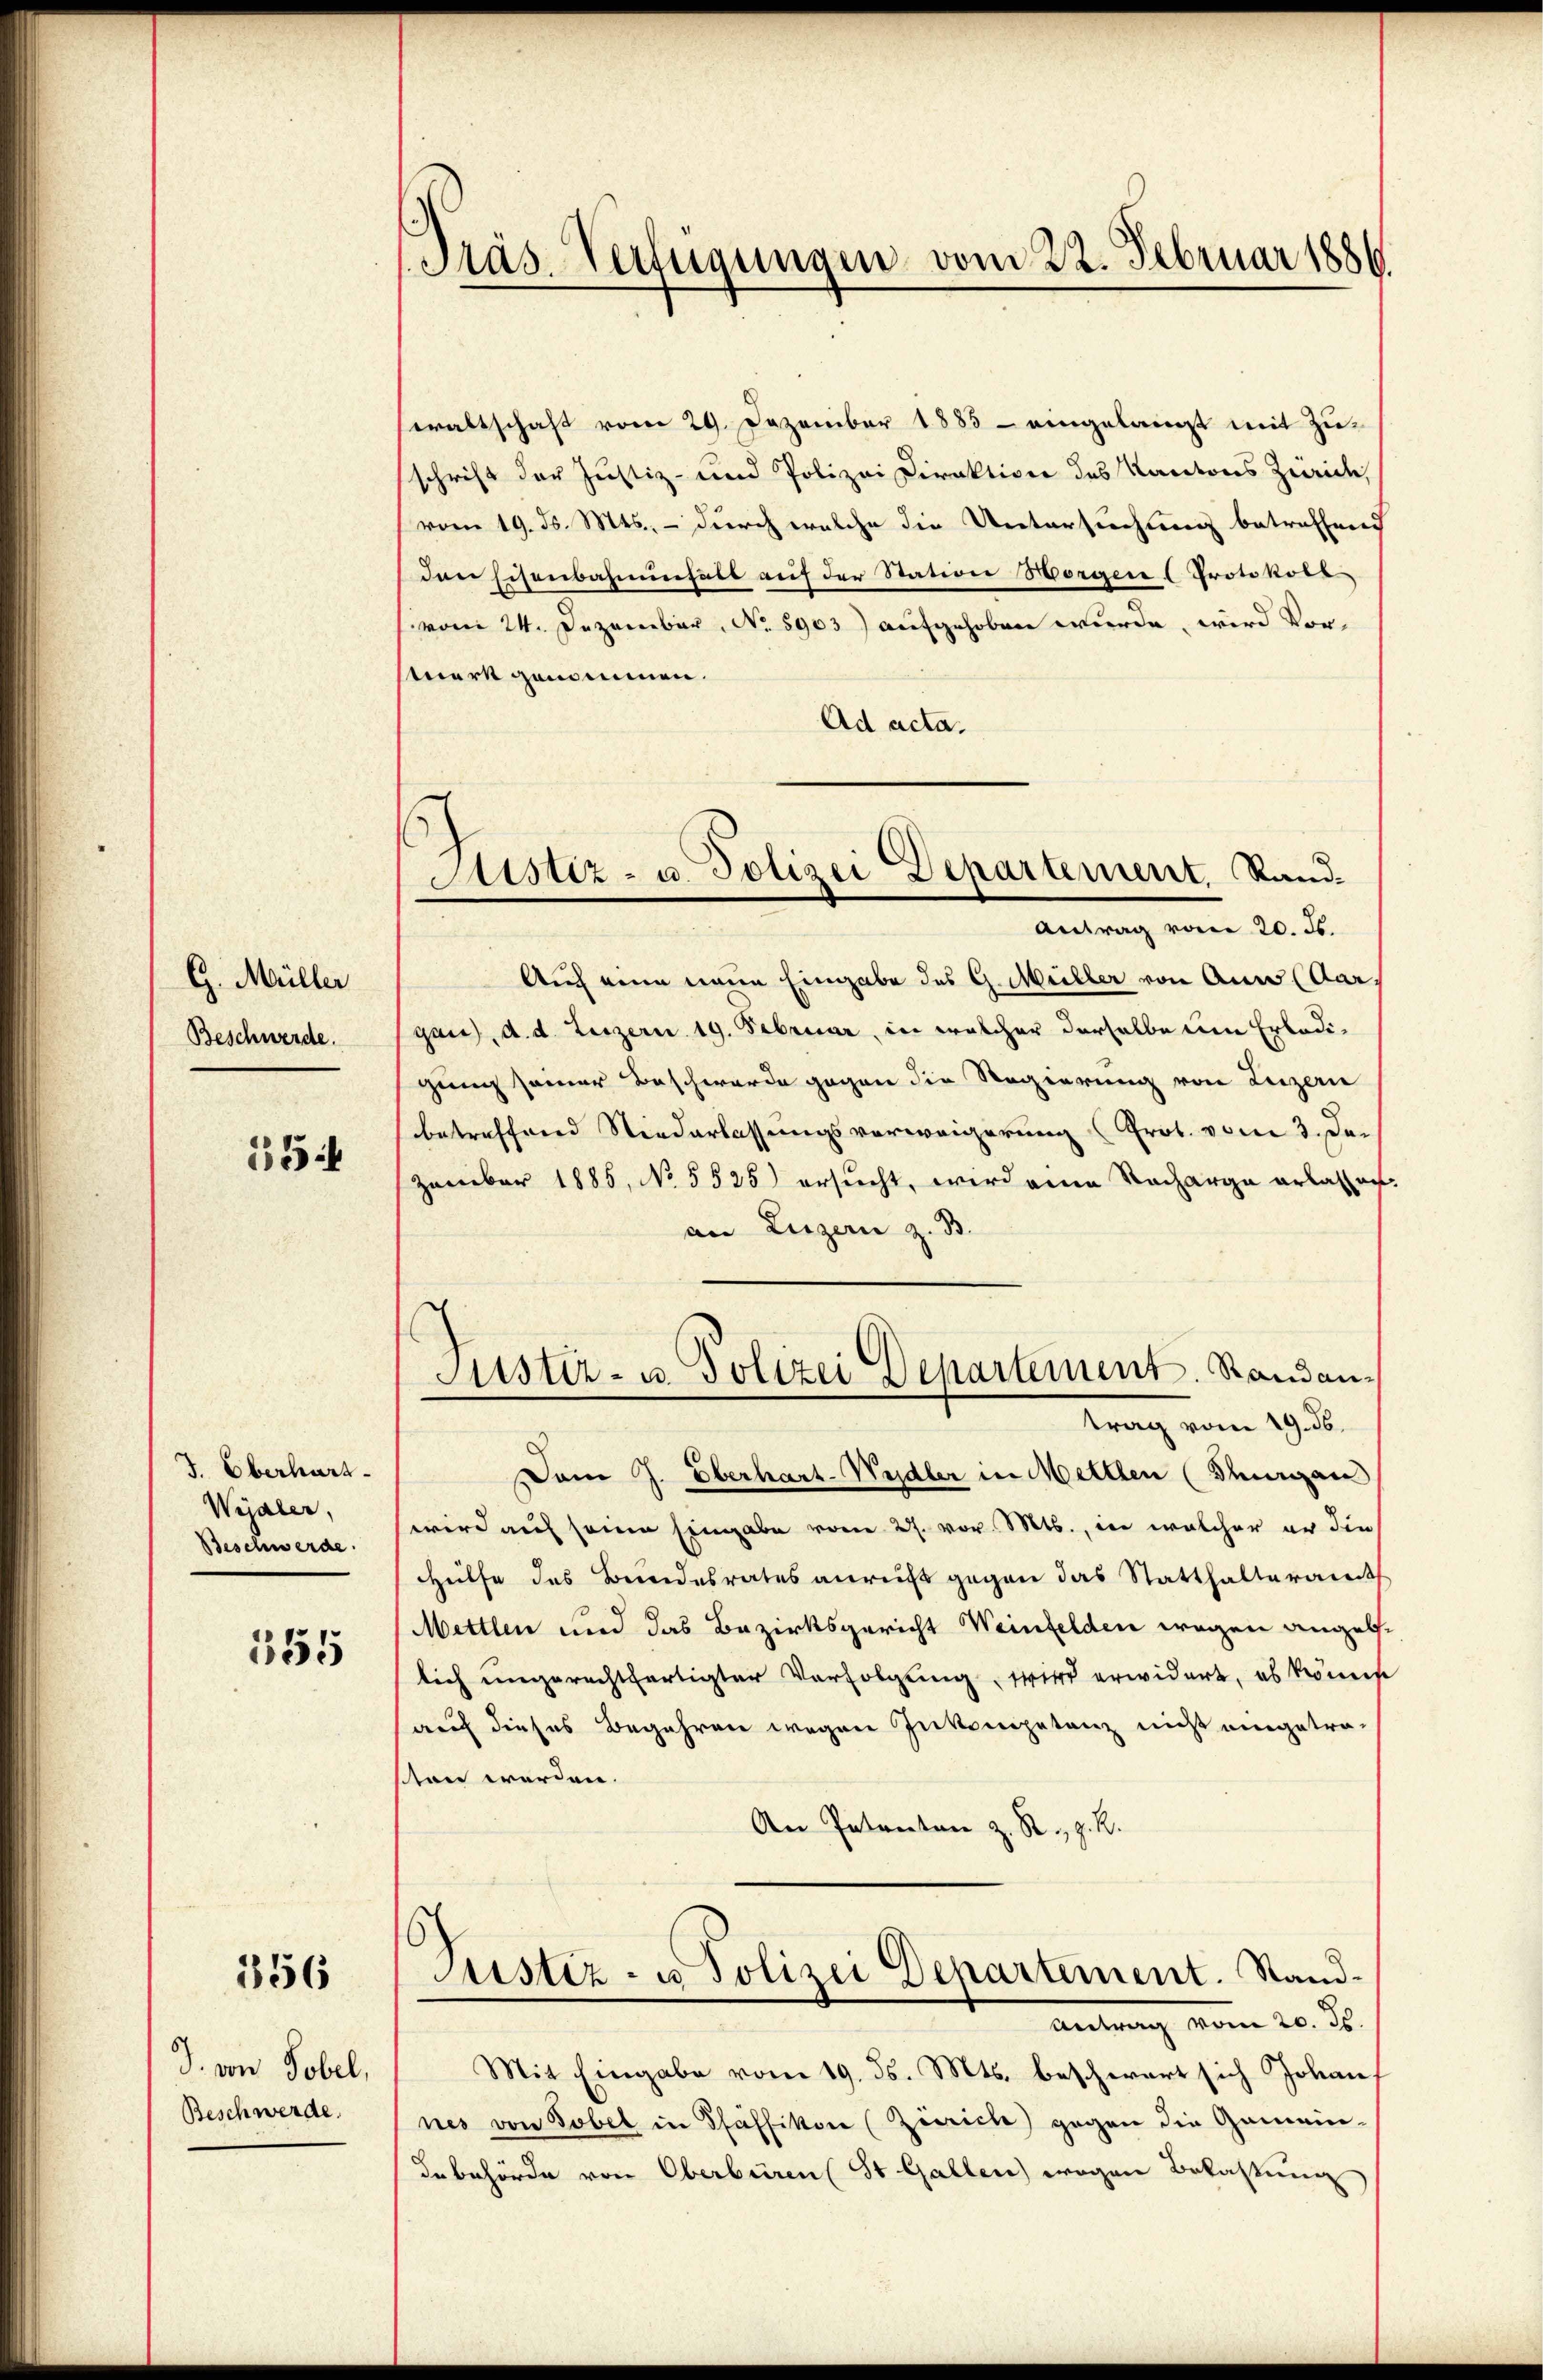
G. Müller
Beschwerde.

15

J. Oberhart
Wijaler,
Beschwerde.

355

356

D. von Tobel,
Beschwerde.

Präs. Verfügungen vom 22. Februar 1886.

Sistiz- u. Polizei Departement. Rand
Antrag vom 20. ds.

waltschaft vom 29. Dezember 1883 — eingelangt mit Zuschrift der Justiz- und Polizei Direktiver des Kantons Zürich,
vom 19. ds. Mts. – durch welche die Untersuchung betreffend
den Eisenbahnnehalt auf der Station Morgen ( Protokoll
vom 24. Dezember, No. 5903) aufgehoben wurde, wird Vor¬
Werk geneinnen.
Ad acta.
Auch eine neue Eingabe des G. Müller von Auw (Aargan, d. d. Letzern 19. Februar, in welcher derselbe um Erledigung seiner Beschwerde gegen die Regierung von Luzern
betreffend Niederlassungsverweigerung (Prot. vom 3. De¬
Zemmber 1885, No 5525) ersucht, wird eine Nacharge erlassen.
an Luzern z. B.
Sistir- u. Polizei Departement. Standantrag vom 19. ds.
Dem J. Eberhart-Wydler in Mettlen (Seinigen
wird auf seine Eingabe vom 27. vor. Mts., in welcher er die
HHülfe des Bundesrates anreicht gegen das Statthalteramt
Mettlen und das Bezirksgericht Weinfelden wegen angelslich ungerechtfertigter Verfolgung, wird erwidert, es können
auf dieses Begehren wegen Inkompetenz nicht eingetra-
ton werden.
An Patenten z. R., z. R.
Justiz- u. Polizei Departement. Stand¬
 vom 20. d.
Mit Eingabe vom 19. ds. Mts. beschwert sich Johan
nes von Tobel in Pfäffikon (Zürich) gegen die Gemein-
debehörde von Oberberen (St. Gallen) wegen Belastung